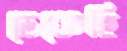
ডেকেছি